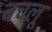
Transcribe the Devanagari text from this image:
बचलू